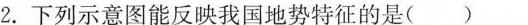
2.下列示意图能反映我国地势特征的是()